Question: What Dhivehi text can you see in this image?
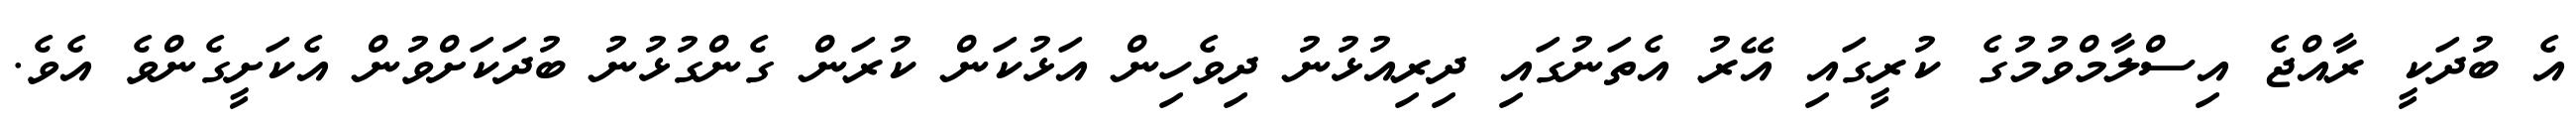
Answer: އެ ބުދަކީ ރާއްޖެ އިސްލާމްވުމުގެ ކުރީގައި އޭރު އެތަނުގައި ދިރިއުޅުނު ދިވެހިން އަޅުކަން ކުރަން ގެންގުޅުނު ބުދަކަށްވުން އެކަށީގެންވެ އެވެ.